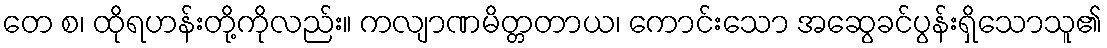
တေ စ၊ ထိုရဟန်းတို့ကိုလည်း။ ကလျာဏမိတ္တတာယ၊ ကောင်းသော အဆွေခင်ပွန်းရှိသောသူ၏